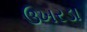
ઉખરડા